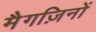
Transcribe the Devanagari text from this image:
मैगज़िनों